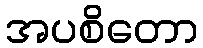
အပစိတော